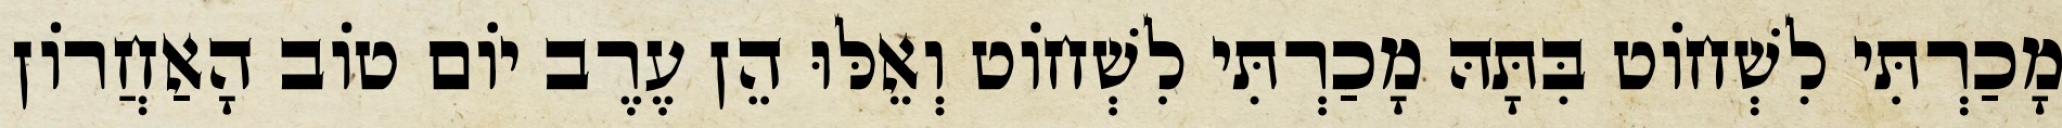
מָכַרְתִּי לִשְׁחוֹט בִּתָּהּ מָכַרְתִּי לִשְׁחוֹט וְאֵלּוּ הֵן עֶרֶב יוֹם טוֹב הָאַחֲרוֹן